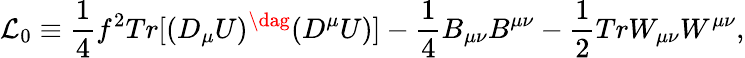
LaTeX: {\cal L}_{0}\equiv\frac{1}{4}f^{2}Tr[(D_{\mu}U)^{\dag}(D^{\mu}U)]-\frac{1}{4}B_{\mu\nu}B^{\mu\nu}-\frac{1}{2}TrW_{\mu\nu}W^{\mu\nu},